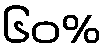
၆၀%